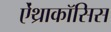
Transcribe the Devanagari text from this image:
ऐंथ्राकॉसिस